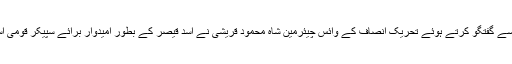
اس سے قبل میڈیا سے گفتگو کرتے ہوئے تحریک انصاف کے وائس چیئرمین شاہ محمود قریشی نے اسد قیصر کے بطور امیدوار برائے سپیکر قومی اسمبلی کا اعلان کیا۔